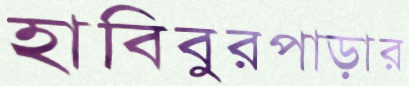
হাবিবুরপাড়ার